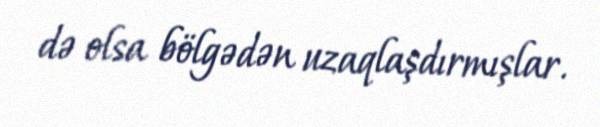
də olsa bölgədən uzaqlaşdırmışlar.